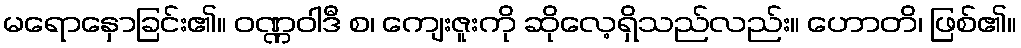
မရောနှောခြင်း၏။ ဝဏ္ဏဝါဒီ စ၊ ကျေးဇူးကို ဆိုလေ့ရှိသည်လည်း။ ဟောတိ၊ ဖြစ်၏။